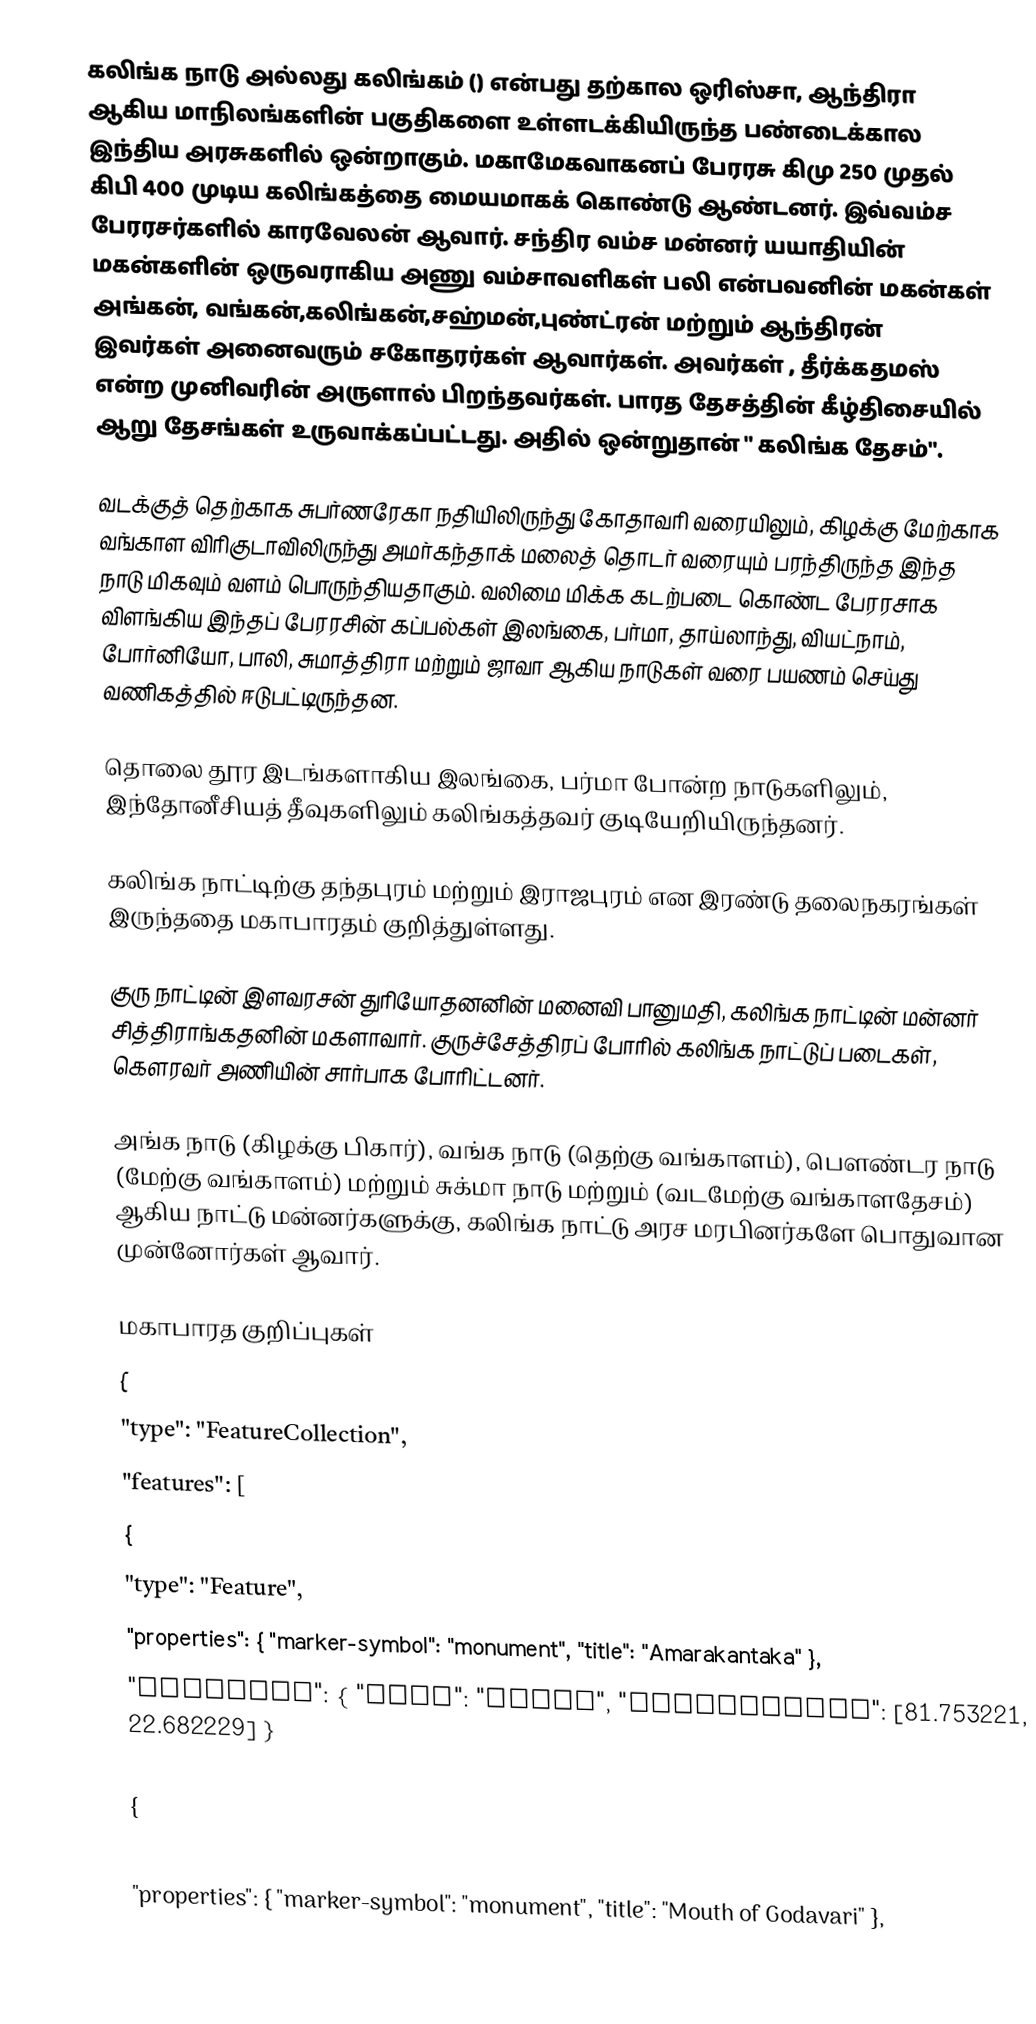
கலிங்க நாடு அல்லது கலிங்கம் () என்பது தற்கால ஒரிஸ்சா, ஆந்திரா ஆகிய மாநிலங்களின் பகுதிகளை உள்ளடக்கியிருந்த பண்டைக்கால இந்திய அரசுகளில் ஒன்றாகும். மகாமேகவாகனப் பேரரசு கிமு 250 முதல் கிபி 400 முடிய கலிங்கத்தை மையமாகக் கொண்டு ஆண்டனர். இவ்வம்ச பேரரசர்களில்  காரவேலன் ஆவார். சந்திர வம்ச மன்னர் யயாதியின் மகன்களின் ஒருவராகிய அணு வம்சாவளிகள் பலி என்பவனின் மகன்கள் அங்கன், வங்கன்,கலிங்கன்,சஹ்மன்,புண்ட்ரன் மற்றும் ஆந்திரன் இவர்கள் அனைவரும் சகோதரர்கள் ஆவார்கள். அவர்கள் , தீர்க்கதமஸ் என்ற முனிவரின் அருளால் பிறந்தவர்கள். பாரத தேசத்தின் கீழ்திசையில் ஆறு தேசங்கள் உருவாக்கப்பட்டது. அதில் ஒன்றுதான் " கலிங்க தேசம்".

வடக்குத் தெற்காக சுபர்ணரேகா நதியிலிருந்து கோதாவரி வரையிலும், கிழக்கு மேற்காக வங்காள விரிகுடாவிலிருந்து அமர்கந்தாக் மலைத் தொடர் வரையும் பரந்திருந்த இந்த நாடு மிகவும் வளம் பொருந்தியதாகும். வலிமை மிக்க கடற்படை கொண்ட பேரரசாக விளங்கிய இந்தப் பேரரசின் கப்பல்கள் இலங்கை, பர்மா, தாய்லாந்து, வியட்நாம், போர்னியோ, பாலி, சுமாத்திரா மற்றும் ஜாவா ஆகிய நாடுகள் வரை பயணம் செய்து வணிகத்தில் ஈடுபட்டிருந்தன.

தொலை தூர இடங்களாகிய இலங்கை, பர்மா போன்ற நாடுகளிலும், இந்தோனீசியத் தீவுகளிலும் கலிங்கத்தவர் குடியேறியிருந்தனர்.

கலிங்க நாட்டிற்கு  தந்தபுரம்   மற்றும்    இராஜபுரம்   என இரண்டு தலைநகரங்கள் இருந்ததை மகாபாரதம் குறித்துள்ளது.

குரு நாட்டின் இளவரசன் துரியோதனனின் மனைவி பானுமதி, கலிங்க நாட்டின் மன்னர் சித்திராங்கதனின் மகளாவார். குருச்சேத்திரப் போரில் கலிங்க நாட்டுப் படைகள், கௌரவர் அணியின் சார்பாக போரிட்டனர்.

அங்க நாடு (கிழக்கு பிகார்),  வங்க நாடு (தெற்கு வங்காளம்), பௌண்டர நாடு (மேற்கு வங்காளம்) மற்றும் சுக்மா நாடு மற்றும் (வடமேற்கு வங்காளதேசம்) ஆகிய நாட்டு மன்னர்களுக்கு, கலிங்க நாட்டு அரச மரபினர்களே பொதுவான முன்னோர்கள் ஆவார்.

மகாபாரத குறிப்புகள்
{
	"type": "FeatureCollection",
	"features": [
		{
			"type": "Feature",
			"properties": { "marker-symbol": "monument", "title": "Amarakantaka" },
			"geometry": { "type": "Point", "coordinates": [81.753221, 22.682229] }
		},
		{
			"type": "Feature",
			"properties": { "marker-symbol": "monument", "title": "Mouth of Godavari" },
			"geometry": { "typ